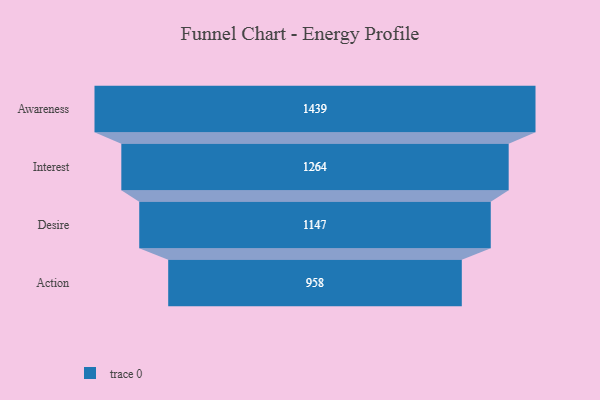
{"axis": {"x": "Stage", "y": "Value"}, "legend": [""], "data": [{"x": "Awareness", "y": 1439.0, "type": ""}, {"x": "Interest", "y": 1264.0, "type": ""}, {"x": "Desire", "y": 1147.0, "type": ""}, {"x": "Action", "y": 958.0, "type": ""}]}